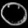
Digit: ၀